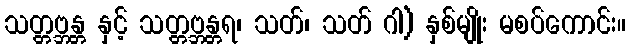
သတ္တဗ္ဘန္တ နှင့် သတ္တဗ္ဘန္တရ၊ သတ်၊ သတ် ဂါ) နှစ်မျိုး မစပ်ကောင်း။